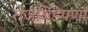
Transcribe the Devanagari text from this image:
राजबिंडेपणा